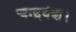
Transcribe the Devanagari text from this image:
चन्द्रवंश।